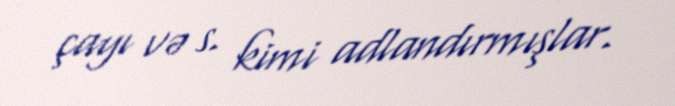
çayı və s. kimi adlandırmışlar.